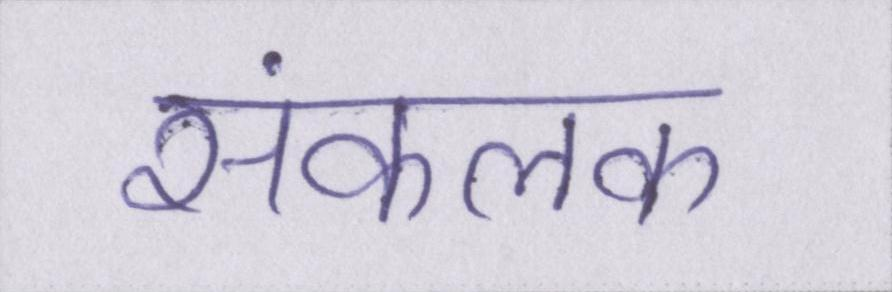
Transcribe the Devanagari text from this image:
संकलक